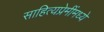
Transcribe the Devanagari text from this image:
साहित्यप्रेमींमध्ये